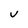
Character: v